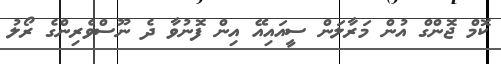
ކޮމް ޖޮންގް އުން މަރާލަން ސީއައިއޭ އިން ފޮނުވާ ދެ ނޫސްވެރިންގެ ރޯލު